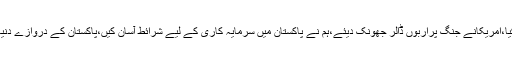
عمران خان نے مزید کہا کہ چین نے جنگ کے بجائے عوام پرپیسہ خرچ کیا،امریکانے جنگ پراربوں ڈالر جھونک دیئے،ہم نے پاکستان میں سرمایہ کاری کے لیے شرائط آسان کیں،پاکستان کے دروازے دنیا بھر کے لیے کھول دیئے ہیں،ہم پاکستان میں کاروبار کوآسان بنارہے ہیں۔